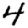
Digit: 4